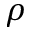
\rho